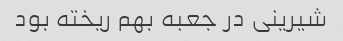
شیرینی در جعبه بهم ریخته بود